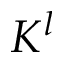
K ^ { l }